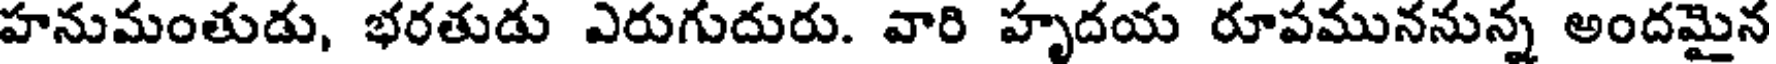
హనుమంతుడు, భరతుడు ఎరుగుదురు. వారి హృదయ రూపముననున్న అందమైన